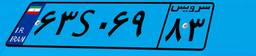
۶۳S۰۶۹۸۳